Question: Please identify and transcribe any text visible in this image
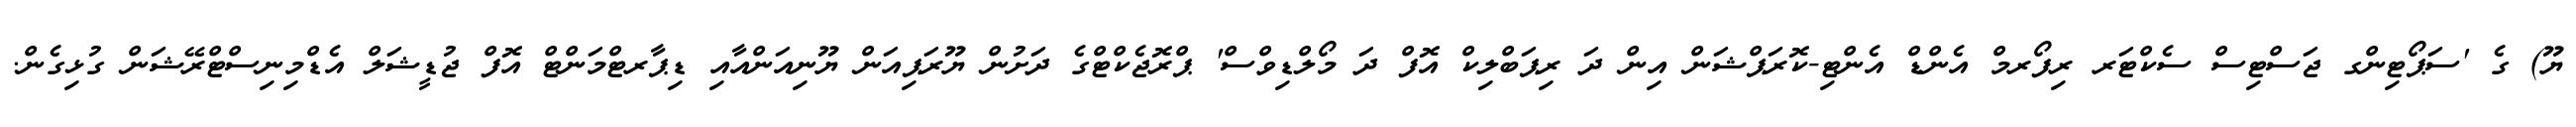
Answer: ޔޫ) ގެ 'ސަޕޯޓިންގ ޖަސްޓިސް ސެކްޓަރ ރިފޯރމް އެންޑް އެންޓި-ކޮރަޕްޝަން އިން ދަ ރިޕަބްލިކް އޮފް ދަ މޯލްޑިވްސް' ޕްރޮޖެކްޓްގެ ދަށުން ޔޫރަޕިއަން ޔޫނިއަންއާއި ޑިޕާރޓްމަންޓް އޮފް ޖުޑީޝަލް އެޑްމިނިސްޓްރޭޝަން ގުޅިގެން.